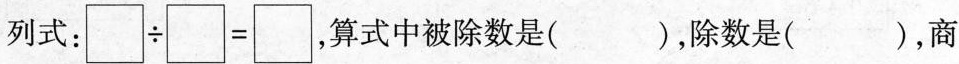
列式：$$\Box \div \Box = \Box$$，算式中被除数是()，除数是()，商